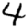
Digit: 4